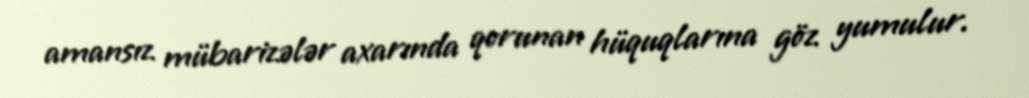
amansız mübarizələr axarında qorunan hüquqlarına göz yumulur.